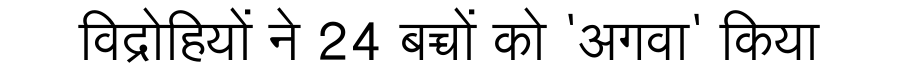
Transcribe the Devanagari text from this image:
विद्रोहियों ने 24 बच्चों को 'अगवा' किया